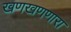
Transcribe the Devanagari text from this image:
खणखणणारा